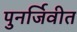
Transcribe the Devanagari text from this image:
पुनर्जिवीत